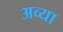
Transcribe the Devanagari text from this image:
अव्या